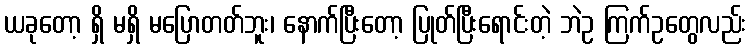
ယခုတော့ ရှိ မရှိ မပြောတတ်ဘူး၊ နောက်ပြီးတော့ ပြုတ်ပြီးရောင်းတဲ့ ဘဲဥ ကြက်ဥတွေလည်း